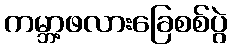
ကမ္ဘာ့ဖလားခြေစစ်ပွဲ